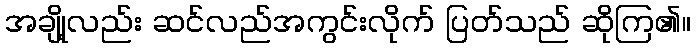
အချို့လည်း ဆင်လည်အကွင်းလိုက် ပြတ်သည် ဆိုကြ၏။